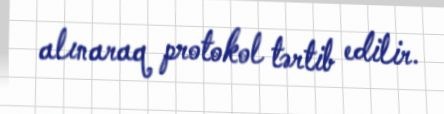
alınaraq protokol tərtib edilir.